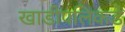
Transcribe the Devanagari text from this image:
खाडीपलिकडे